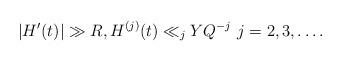
LaTeX: \begin{align*} |H'(t)| \gg R, H^{(j)}(t) \ll_j Y Q^{-j} \,\, j=2, 3, \dots.\end{align*}